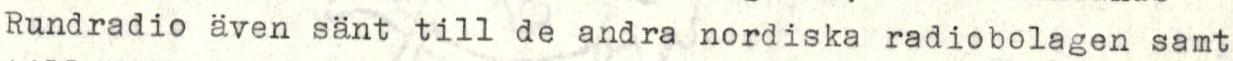
Rundradio även sänt till de andra nordiska radiobolagen samt